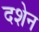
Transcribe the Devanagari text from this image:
दशेन